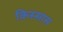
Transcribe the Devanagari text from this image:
किस्सास